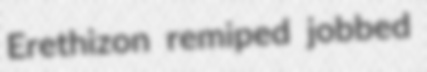
Erethizon remiped jobbed